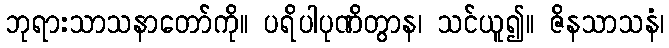
ဘုရားသာသနာတော်ကို။ ပရိပါပုဏိတွာန၊ သင်ယူ၍။ ဇိနသာသနံ၊